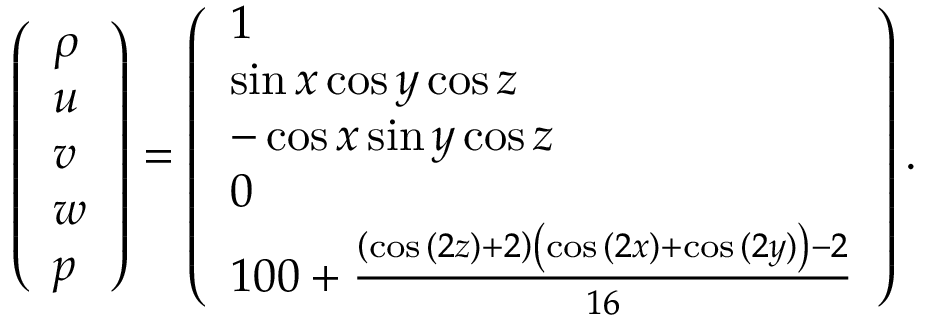
\left( \begin{array} { l } { \rho } \\ { u } \\ { v } \\ { w } \\ { p } \end{array} \right) = \left( \begin{array} { l } { 1 } \\ { \sin { x } \cos { y } \cos { z } } \\ { - \cos { x } \sin { y } \cos { z } } \\ { 0 } \\ { 1 0 0 + \frac { \left( \cos { ( 2 z ) } + 2 \right) \left( \cos { ( 2 x ) } + \cos { ( 2 y ) } \right) - 2 } { 1 6 } } \end{array} \right) .